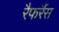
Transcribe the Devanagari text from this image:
रैफरैंस